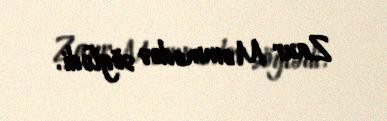
Zaur Məmmədov söylədi.